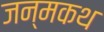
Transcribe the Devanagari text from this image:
जन्मकथ